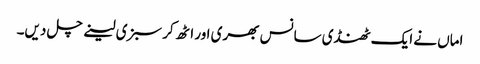
اماں نے ایک ٹھنڈی سانس بھری اور اٹھ کر سبزی لینے چل دیں۔